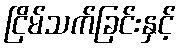
ငြိမ်သက်ခြင်းနှင့်